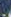
.